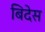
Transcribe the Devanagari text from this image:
बिदेस